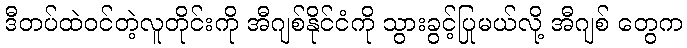
ဒီတပ်ထဲဝင်တဲ့လူတိုင်းကို အီဂျစ်နိုင်ငံကို သွားခွင့်ပြုမယ်လို့ အီဂျစ် တွေက